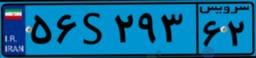
۵۶S۲۹۳۶۲